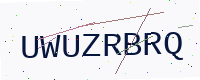
Text: UWUZRBRQ